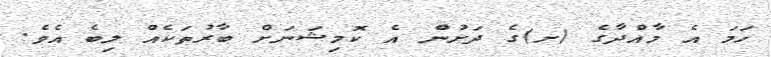
ހަމަ އެ މާއްދާގެ (ށ)ގެ ދަށުން އެ ކޮމިޝަނަށް ބާރުތަކެއް ލިބެ އެވެ.